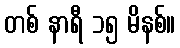
တစ် နာရီ ၁၅ မိနစ်။